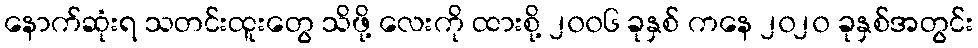
နောက်ဆုံးရ သတင်းထူးတွေ သိဖို့ လေးကို ထားစို့ ၂၀၀၆ ခုနှစ် ကနေ ၂၀၂၀ ခုနှစ်အတွင်း